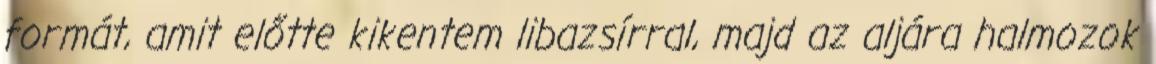
formát, amit előtte kikentem libazsírral, majd az aljára halmozok